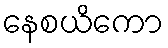
နေစယိကော